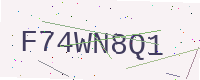
Text: F74WN8Q1